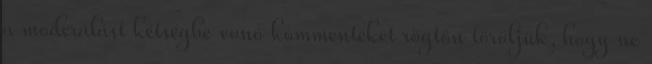
a moderálást kétségbe vonó kommenteket rögtön töröljük, hogy ne